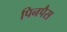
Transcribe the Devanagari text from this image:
पिनपैस